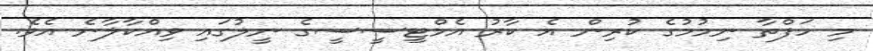
މި ހަފްތާ ނިމުުމުގެ ކުރިން އެ ކާރު އެމްޓީސީސީގެ ނީލުގައި ވިއްކާލާނެ އެވެ.